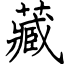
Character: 藏